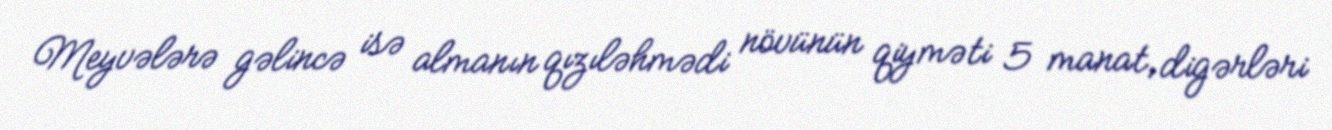
Meyvələrə gəlincə isə almanın qızıləhmədi növünün qiyməti 5 manat, digərləri